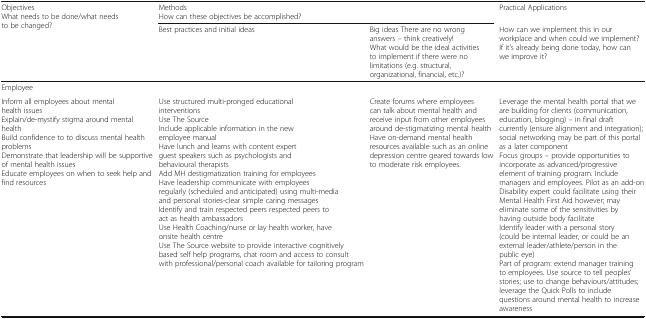
<table><thead><tr><td rowspan="2"><b>ObjectivesWhat needs to be done/what needs to be changed?</b></td><td colspan="2"><b>MethodsHow can these objectives be accomplished?</b></td><td><b>Practical Applications</b></td></tr><tr><td><b>Best practices and initial ideas</b></td><td><b>Big ideas There are no wrong answers – think creatively!What would be the ideal activities to implement if there were no limitations (e.g. structural, organizational, financial, etc.)?</b></td><td><b>How can we implement this in our workplace and when could we implement?If it’s already being done today, how can we improve it?</b></td></tr></thead><tbody><tr><td colspan="3">Employee</td><td>[EMPTY_CELL]</td></tr><tr><td>Inform all employees about mental health issuesExplain/de-mystify stigma around mental healthBuild confidence to to discuss mental health problemsDemonstrate that leadership will be supportive of mental health issuesEducate employees on when to seek help and find resources</td><td>Use structured multi-pronged educational interventionsUse The SourceInclude applicable information in the new employee manualHave lunch and learns with content expert guest speakers such as psychologists and behavioural therapistsAdd MH destigmatization training for employeesHave leadership communicate with employees regularly (scheduled and anticipated) using multi-media and personal stories-clear simple caring messagesIdentify and train respected peers respected peers to act as health ambassadorsUse Health Coaching/nurse or lay health worker, have onsite health centreUse The Source website to provide interactive cognitively based self help programs, chat room and access to consult with professional/personal coach available for tailoring program</td><td>Create forums where employees can talk about mental health and receive input from other employees around de-stigmatizing mental healthHave on-demand mental health resources available such as an online depression centre geared towards low to moderate risk employees.</td><td>Leverage the mental health portal that we are building for clients (communication, education, blogging) – in final draft currently (ensure alignment and integration); social networking may be part of this portal as a later componentFocus groups – provide opportunities to incorporate as advanced/progressive element of training program. Include managers and employees. Pilot as an add-onDisability expert could facilitate using their Mental Health First Aid however; may eliminate some of the sensitivities by having outside body facilitateIdentify leader with a personal story (could be internal leader, or could be an external leader/athlete/person in the public eye)Part of program: extend manager training to employees. Use source to tell peoples’ stories; use to change behaviours/attitudes; leverage the Quick Polls to include questions around mental health to increase awareness</td></tr></tbody></table>